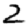
Digit: 2